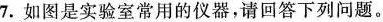
7.如图是实验室常用的仪器，请回答下列问题。